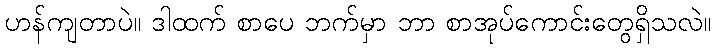
ဟန်ကျတာပဲ။ ဒါထက် စာပေ ဘက်မှာ ဘာ စာအုပ်ကောင်းတွေရှိသလဲ။